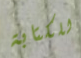
للكتابة